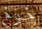
خوخ